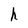
Character: h